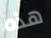
هذه